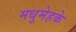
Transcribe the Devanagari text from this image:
मधुमेहके